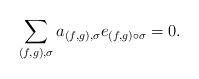
LaTeX: \begin{align*}\sum_{(f,g),\sigma} a_{(f,g),\sigma}e_{(f,g)\circ\sigma} = 0.\end{align*}